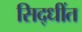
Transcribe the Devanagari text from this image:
सिद्धींत